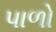
પાળો